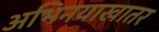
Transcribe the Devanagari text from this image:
अभिनयाखातर